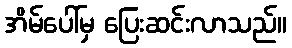
အိမ်ပေါ်မှ ပြေးဆင်းလာသည်။